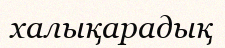
халықарадық